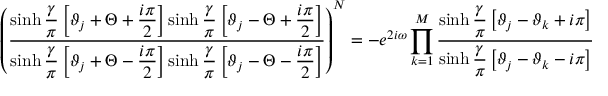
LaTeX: \left( \displaystyle \frac { \sinh \displaystyle \frac { \gamma } { \pi } \left[ \vartheta _ { j } + \Theta + \displaystyle \frac { i \pi } { 2 } \right] \sinh \displaystyle \frac { \gamma } { \pi } \left[ \vartheta _ { j } - \Theta + \displaystyle \frac { i \pi } { 2 } \right] } { \sinh \displaystyle \frac { \gamma } { \pi } \left[ \vartheta _ { j } + \Theta - \displaystyle \frac { i \pi } { 2 } \right] \sinh \displaystyle \frac { \gamma } { \pi } \left[ \vartheta _ { j } - \Theta - \displaystyle \frac { i \pi } { 2 } \right] } \right) ^ { N } = - e ^ { 2 i \omega } \prod _ { k = 1 } ^ { M } \displaystyle \frac { \sinh \displaystyle \frac { \gamma } { \pi } \left[ \vartheta _ { j } - \vartheta _ { k } + i \pi \right] } { \sinh \displaystyle \frac { \gamma } { \pi } \left[ \vartheta _ { j } - \vartheta _ { k } - i \pi \right] }